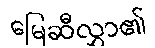
မြေဆီလွှာ၏